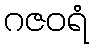
ဂဇဝရံ